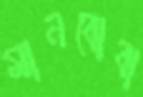
মানবোবা